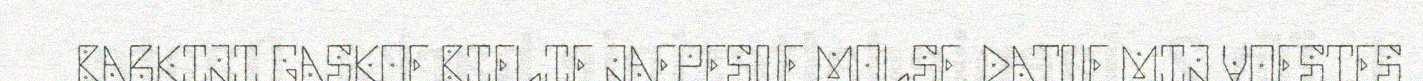
BARKIJI GASKOE BIELIE JAEPESNE MOLSE. DATNE MIJ VOESTES